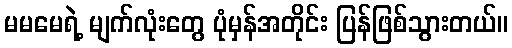
မမမေရဲ့ မျက်လုံးတွေ ပုံမှန်အတိုင်း ပြန်ဖြစ်သွားတယ်။